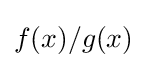
f(x)/g(x)